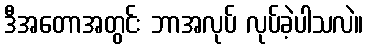
ဒီအတောအတွင်း ဘာအလုပ် လုပ်ခဲ့ပါသလဲ။